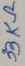
Text: 33KΩ